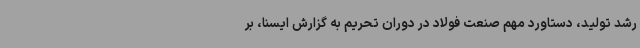
رشد تولید، دستاورد مهم صنعت فولاد در دوران تحریم به گزارش ایسنا، بر